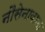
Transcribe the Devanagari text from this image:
नौसेनावाला